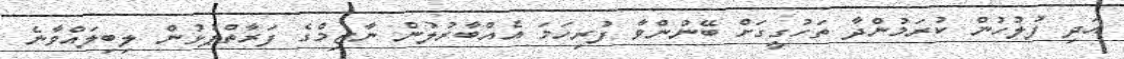
އަދި ފުލުހުން ކުރަމުންދާ ތަހުގީގަށް ބޭނުންވާ ފުރިހަމަ އެއްބާރުލުން ނާޒިމްގެ ފަރާތްޕުޅުން ލިބިލައްވާނެ